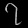
Digit: ၇